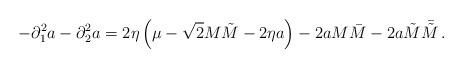
LaTeX: \begin{align*}-\partial_{1}^{2}a-\partial_{2}^{2}a=2\eta\left(\mu-\sqrt{2}M\tilde{M}-2\eta a\right)-2a M\bar{M}-2a\tilde{M}\bar{\tilde{M}}\,. \end{align*}